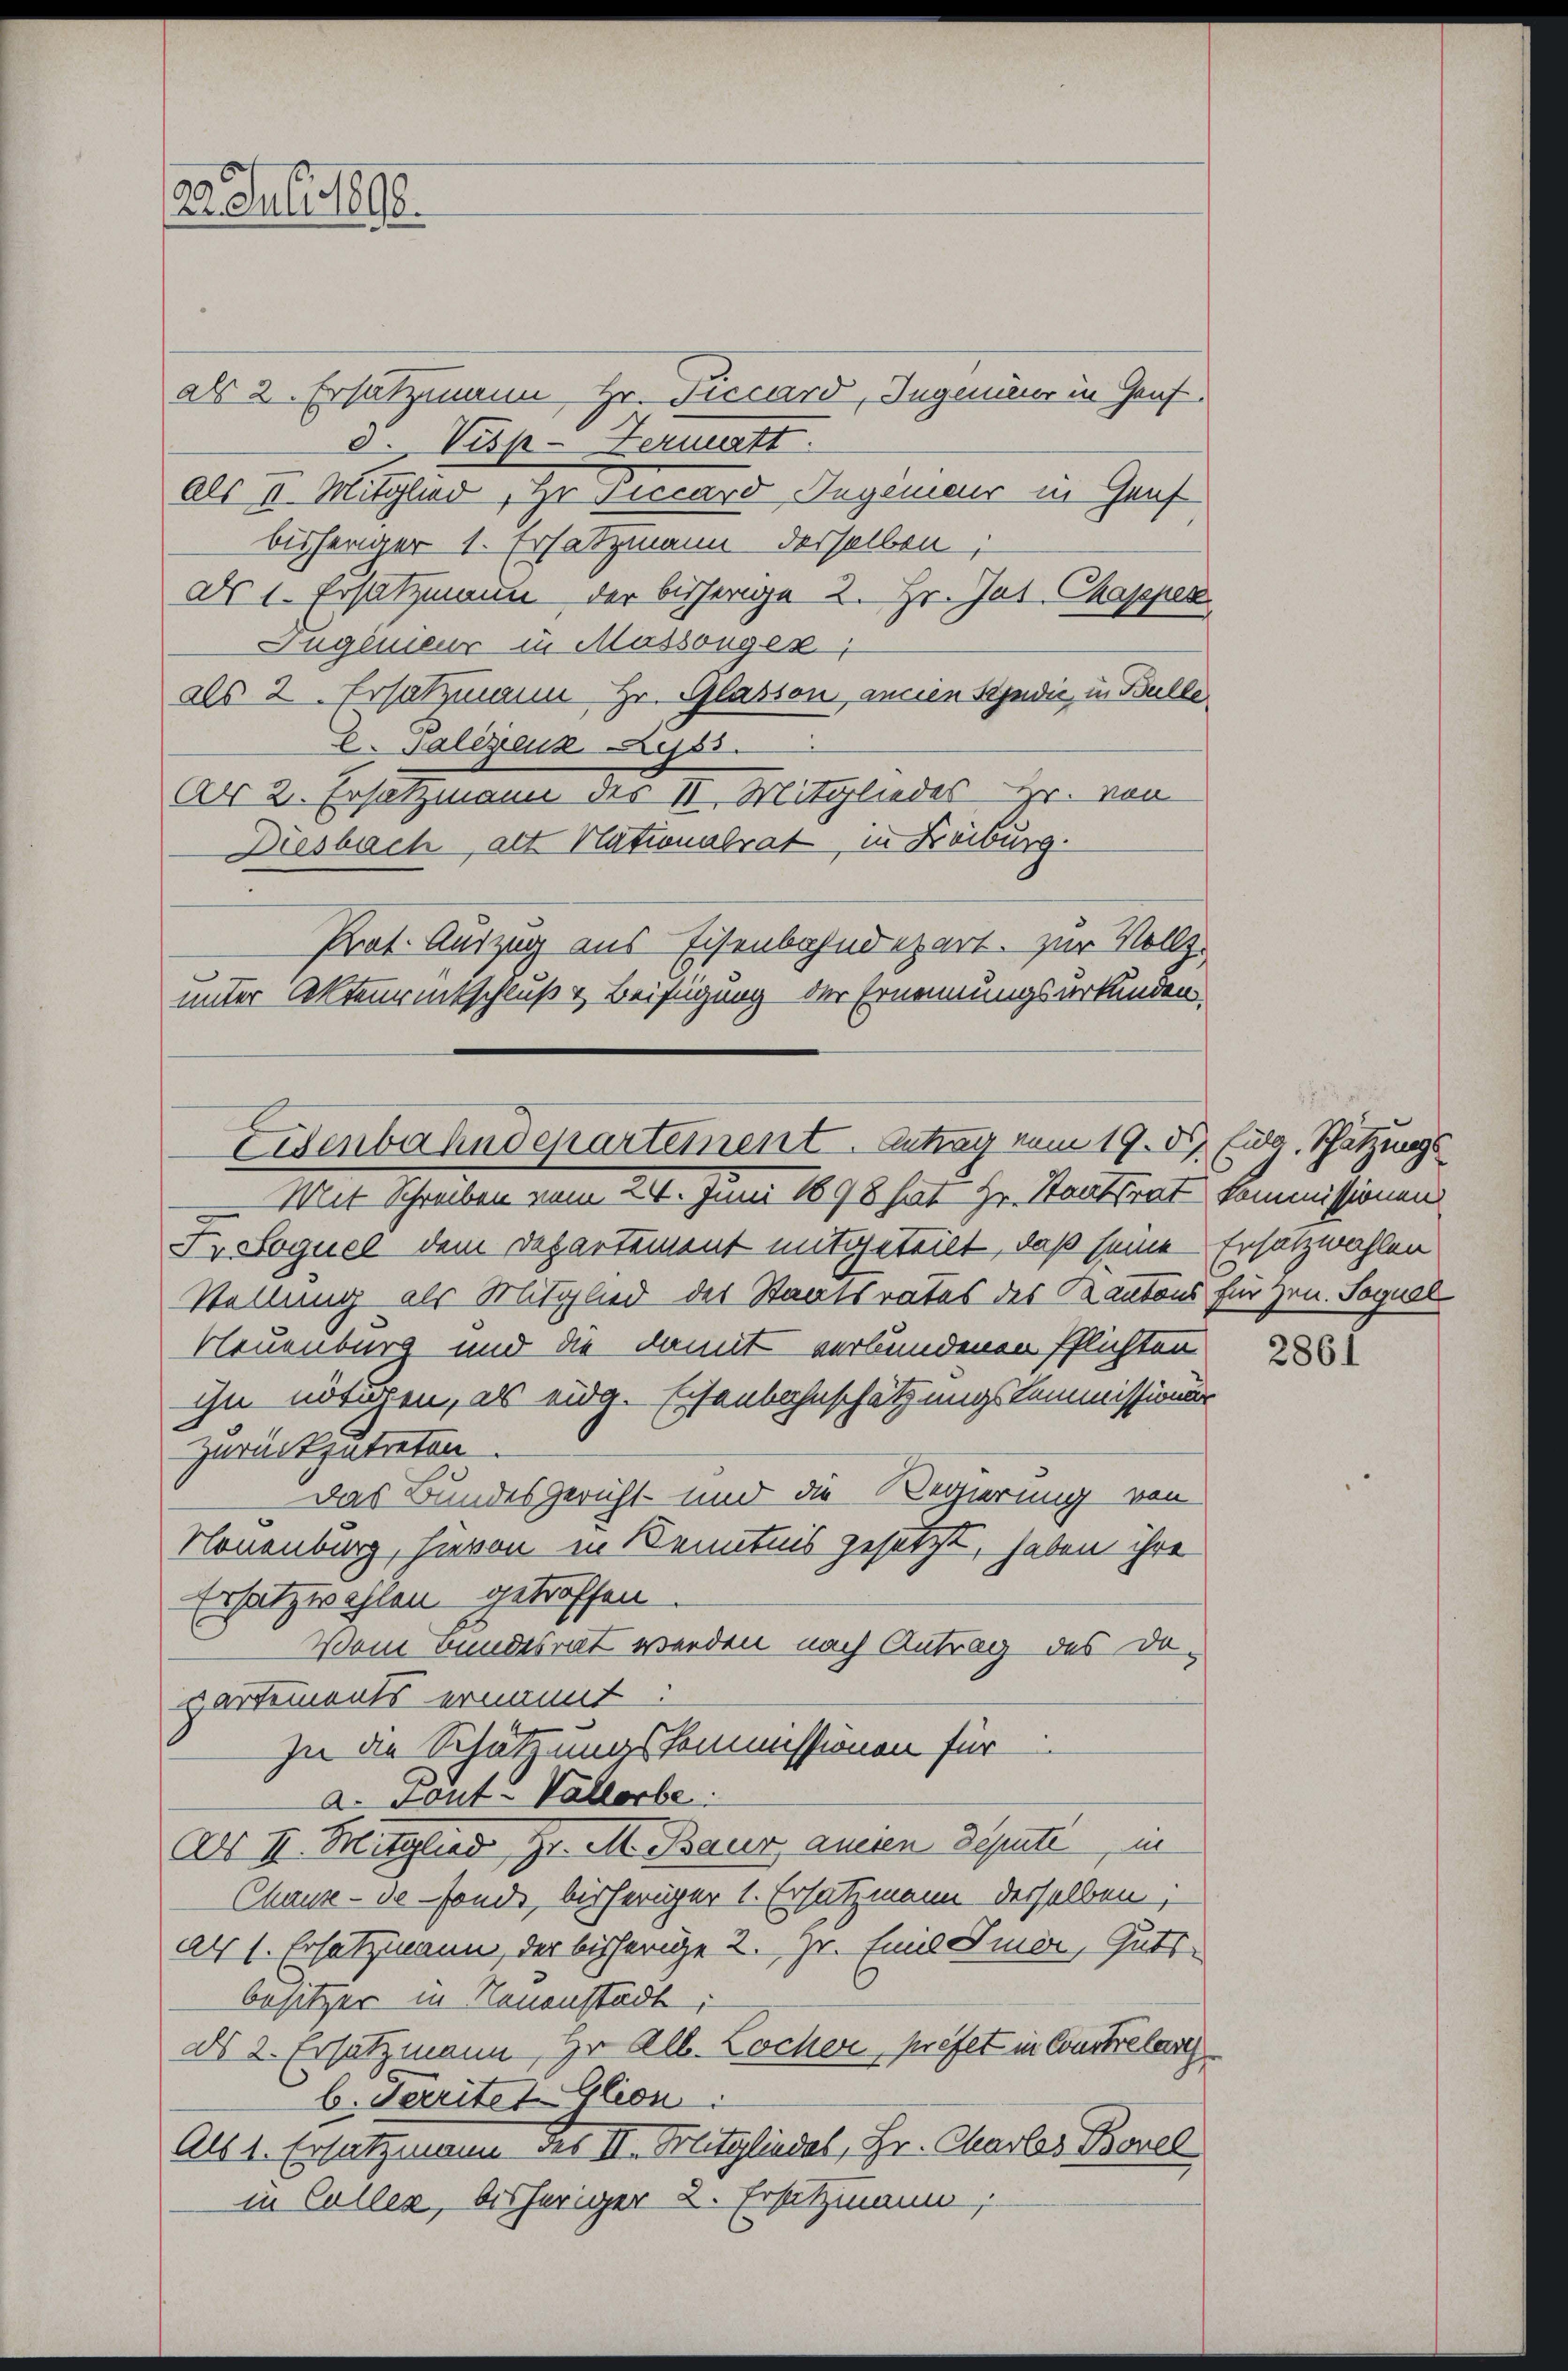
23. Juli 1890

Eisenbahndepartement. Antrag vom 19. ds. Eidg. Schätzungs

als 2. Ersatzmann Hr. Juccard, Ingeneur in Genf
d. Visp-Hermatt.
als II. Mitglied, Hr. Piccard Ingenieur in Graf
bisheriger 1. Ersatzmann derselben;
als 1. Ersatzmann der bisherige 2. Hr. Jus Chappen
Jugenieur in Massenger
als 2. Ersatzmann, Hr. Glasson, ancien Sendii, in Bulle
C. Salinek dess
Ad 2. Ersatzmann des II. Mitgliedes Hr. von
Diesbach, alt Nationalrat, in Kiburg.
Prof. Auszug aus Eisenbahndepart. zur Vollz
unter Aktenrentschluß v. Beifügung der Ernennungsurkunden.

i Mit Schreiben vom 24. Juni 1898 hat Hr. Staatsrat kommissionen
Ir Sequel dem Departement mitgeteilt, daß seine Ersatzwahlen
Stellung als Mitglied des Staatsrates des Kantons für Hrn. Sogual
Neuenburg und die damit verbundenen Pflichten
ihn notiren, als eidg. Eisenbahnschätzungskommissionär
zurückzutreten
Das Bundesgericht- und die Bernerung von
Nouenburg, hievon in Kenntnis gesetzt, haben ihre
Ersatzwahlen getroffen
Vom Bundesrat werden nach Antrag des Dosartements ernannt:
zu die Schätzungskommissionen für
a. Fonta Vallorbe
dls II. Mitglied Hr. M. Baur aneien Deputt, in
Chaux-de-Fonde, bisheriger 1. Ersatzmann derselben;
als 1. Ersatzmann, der bisherige 2. zu. Emil Smor, Gutsbesitzer in Neuenstädt;
as 2. Ersatzmann Hr. Alb. Locher, prefet in Constre lang
b. Territet Glion:
Als 1. Ersatzmann der II. Mitgliedel, Hr. Charler Borel
in Collen, bisheriger 2. Ersatzmann,

2861